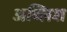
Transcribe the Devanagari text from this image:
अब्लिश